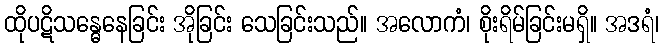
ထိုပဋိသန္ဓေနေခြင်း အိုခြင်း သေခြင်းသည်။ အလောကံ၊ စိုးရိမ်ခြင်းမရှိ။ အဒရံ၊